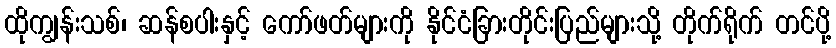
ထိုကျွန်းသစ်၊ ဆန်စပါးနှင့် ကော်ဖတ်များကို နိုင်ငံခြားတိုင်းပြည်များသို့ တိုက်ရိုက် တင်ပို့